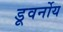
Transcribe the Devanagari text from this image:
डूवर्नोय